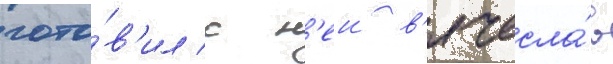
гото́в'ил с н'еи в'ячесла́в